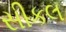
સીકલ